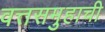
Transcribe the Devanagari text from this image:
वत्तसमुहाची